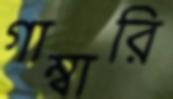
গাম্বারি